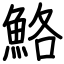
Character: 鮥